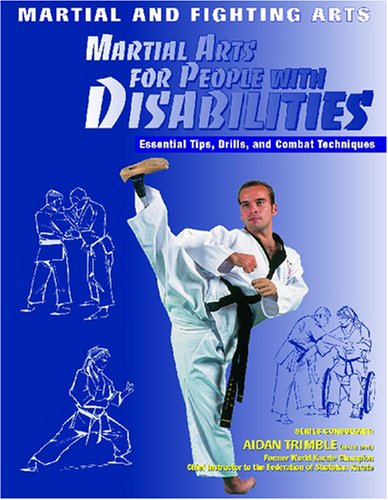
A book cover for Martial Arts for People With Disabilities (Martial and Fighting Arts); Chris McNab; Teen & Young Adult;